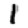
Digit: 1